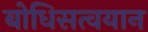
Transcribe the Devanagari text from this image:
बोधिसत्वयान